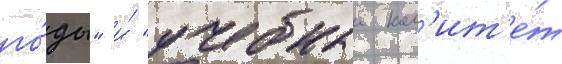
го́ды" и́ "учебныи ком'ит'е́т